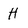
Character: H